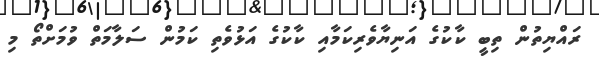
ރައްޔިތުން ތިބީ ކާކުގެ އަނިޔާވެރިކަމާއި ކާކުގެ އަޅުވެތި ކަމުން ސަލާމަތް ވުމަށްތޯ މި